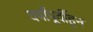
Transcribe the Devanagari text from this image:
वर्षांपूर्वीहून